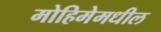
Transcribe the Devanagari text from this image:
मोहिमेमधील